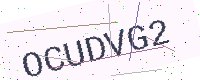
Text: OCUDVG2